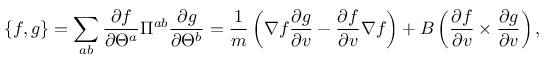
\{ f , g \} = \sum _ { a b } \frac { \partial f } { \partial \Theta ^ { a } } \Pi ^ { a b } \frac { \partial g } { \partial \Theta ^ { b } } = \frac { 1 } { m } \left( \nabla f \frac { \partial g } { \partial v } - \frac { \partial f } { \partial v } \nabla f \right) + B \left( \frac { \partial f } { \partial v } \times \frac { \partial g } { \partial v } \right) ,